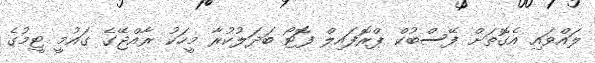
ލައްވައި އެގޮތަށް ފޭސްބުކް ޕްރޮފައިލް ފޮޓޯ ބަދަލުކުރާ މީހަކު ރާއްޖޭގެ ގައުމީ ޓީމުގެ